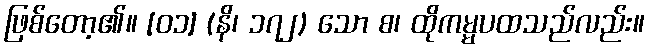
ဖြစ်တော့၏။ [၀၁] (နိ၊ ၁၇၂) သော စ၊ ထိုကမ္မပထသည်လည်း။